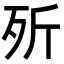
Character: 歽